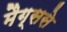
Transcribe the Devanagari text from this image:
मैग्ससे